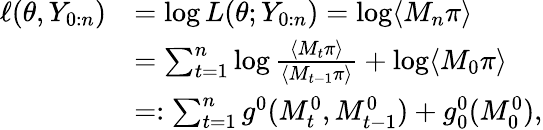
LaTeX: \begin{array}{rl}{\ell(\theta,Y_{0:n})}&{=\log L(\theta;Y_{0:n})=\log\langle M_{n}\pi\rangle}\\ &{=\sum_{t=1}^{n}\log\frac{\langle M_{t}\pi\rangle}{\langle M_{t-1}\pi\rangle}+\log\langle M_{0}\pi\rangle}\\ &{=:\sum_{t=1}^{n}g^{0}(M_{t}^{0},M_{t-1}^{0})+g_{0}^{0}(M_{0}^{0}),}\end{array}